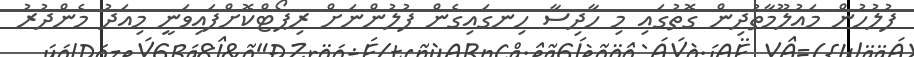
ފުލުހުން މައުލޫމާތުދިން ގޮތުގައި މި ހާދިސާ ހިނގައިގެން ފުލުުންނަށް ރިޕޯޓްކޮށްފައިވަނީ މިއަދު މެންދުރު